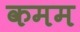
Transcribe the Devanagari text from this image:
कमम